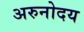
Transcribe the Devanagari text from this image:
अरुनोदय